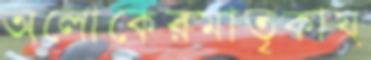
অলোকেরমাতৃকায়